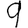
Digit: 9